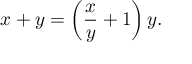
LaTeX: x + y = \left( { \frac { x } { y } } + 1 \right) y .